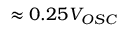
\approx 0 . 2 5 V _ { O S C }